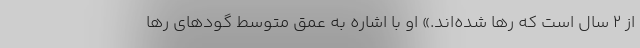
از ۲ سال است که رها شده‌اند.» او با اشاره به عمق متوسط گودهای رها